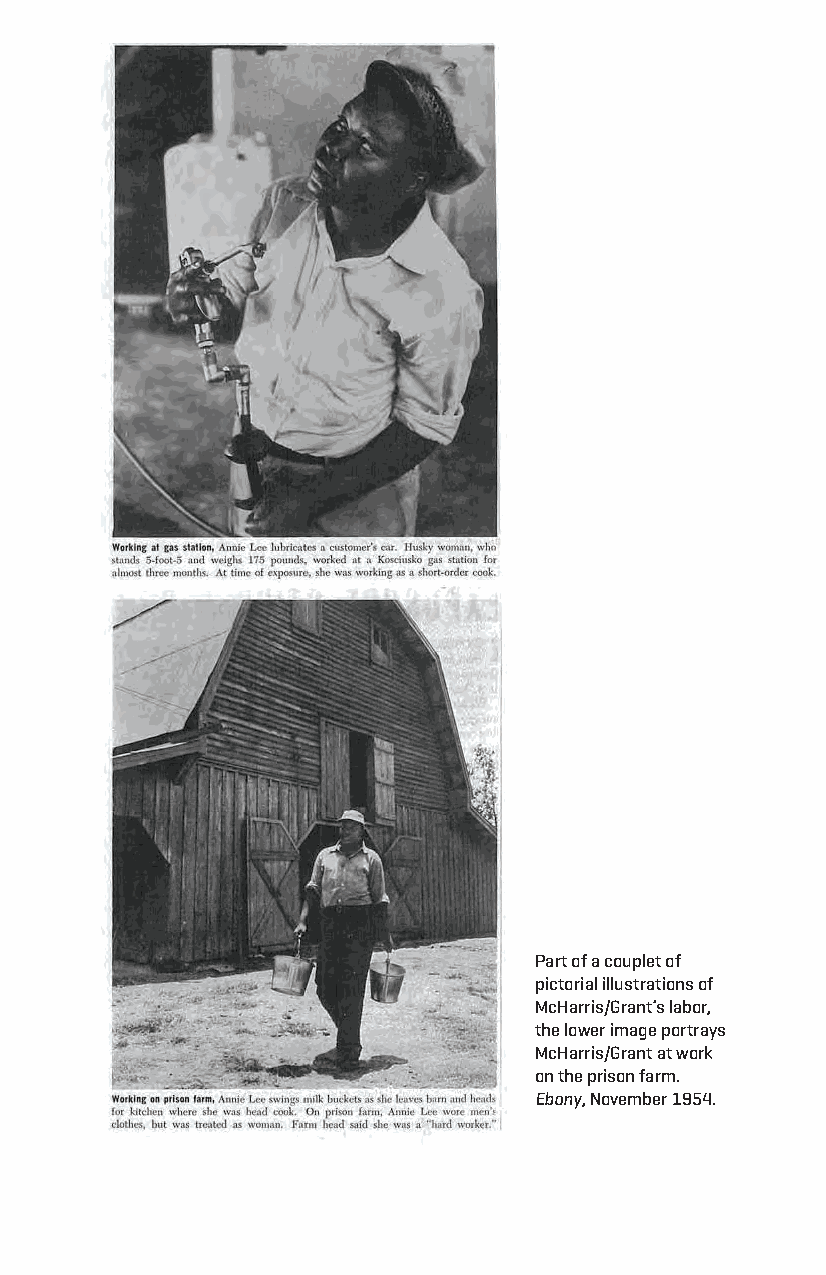
Part of a couplet of
 pictorial illustrations of
 Mcharris/grant’s labor,
 the lower image portrays
 Mcharris/grant at work
 on the prison farm.
 Ebony, november 1954.
 Snorton.indd 170                            29/09/2017 8:41:08 AM